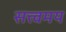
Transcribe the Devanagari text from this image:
सत्त्वमय